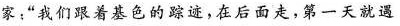
家“我们跟着基色的踪迹，在后面走，第一天就遇